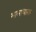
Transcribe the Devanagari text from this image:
भालाधारक